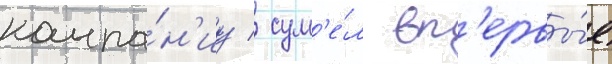
компа́н'иу / сум'е́л вп'ервы́е